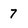
Character: 7